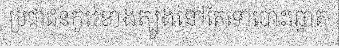
ប្រជាជនកូរ៉េខាងត្បូងនៅតែទៅបោះឆ្នោត